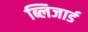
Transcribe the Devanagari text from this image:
ब्लिजार्ड